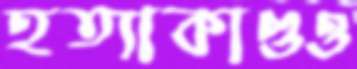
হত্যাকাণ্ডও